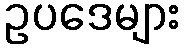
ဥပဒေများ